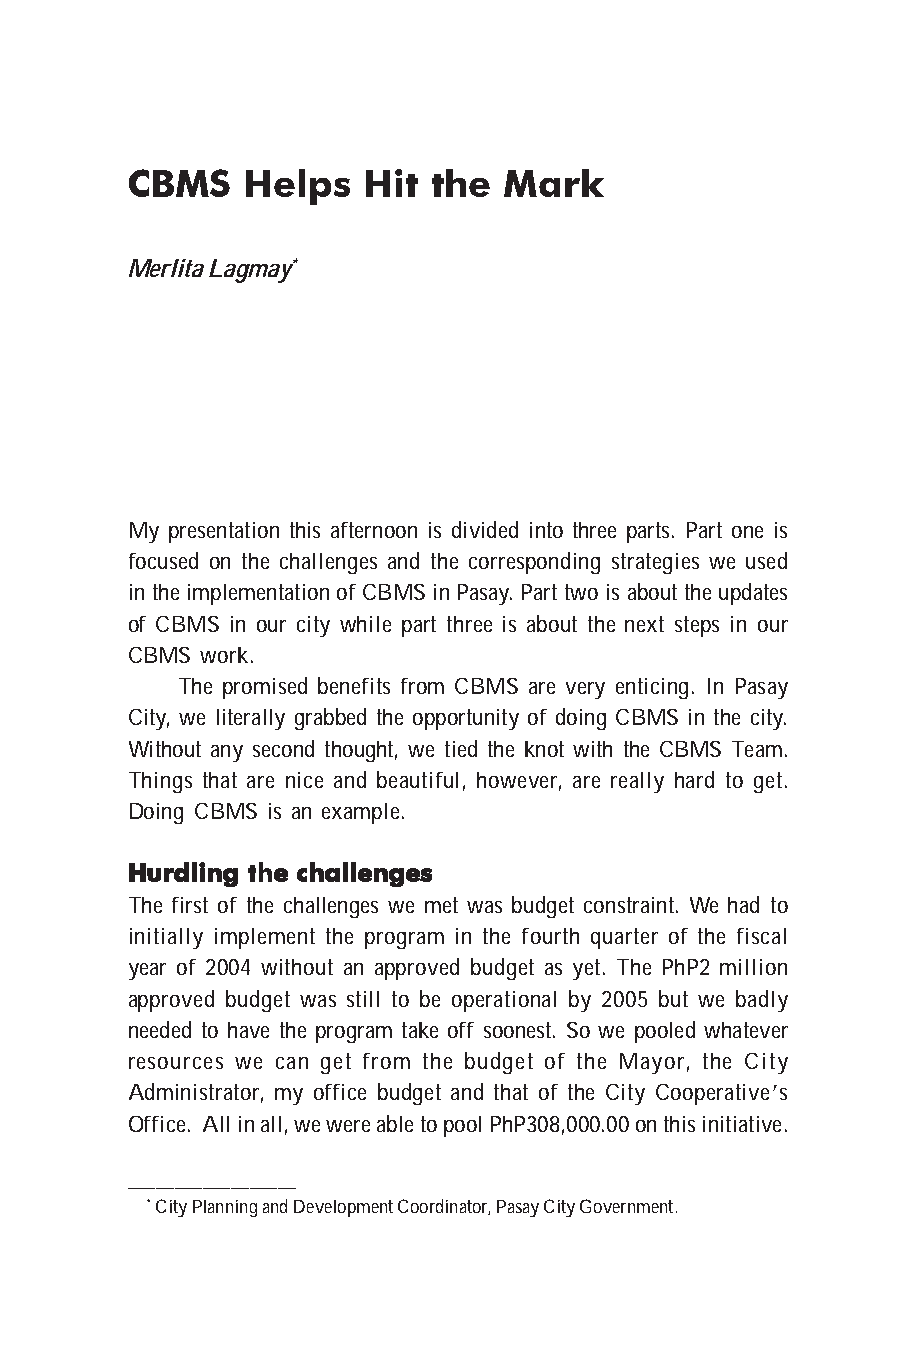
CBMS    Helps   Hit the  Mark
 Merlita Lagmay*
 My presentation this afternoon is divided into three parts. Part one is
 focused on the challenges and the corresponding strategies we used
 in the implementation of CBMS in Pasay. Part two is about the updates
 of CBMS in our city while part three is about the next steps in our
 CBMS work.
 The promised benefits from CBMS are very enticing. In Pasay
 City, we literally grabbed the opportunity of doing CBMS in the city.
 Without any second thought, we tied the knot with the CBMS Team.
 Things that are nice and beautiful, however, are really hard to get.
 Doing CBMS is an example.
 HHHHHuuuuurrrrrdddddllllliiiiinnnnnggggg ttttthhhhheeeee ccccchhhhhaaaaalllllllllleeeeennnnngggggeeeeesssss
 The first of the challenges we met was budget constraint. We had to
 initially implement the program in the fourth quarter of the fiscal
 year of 2004 without an approved budget as yet. The PhP2 million
 approved budget was still to be operational by 2005 but we badly
 needed to have the program take off soonest. So we pooled whatever
 resources we can get from the budget of the Mayor, the City
 Administrator, my office budget and that of the City Cooperative’s
 Office. All in all, we were able to pool PhP308,000.00 on this initiative.
 __________________
 * City Planning and Development Coordinator, Pasay City Government.